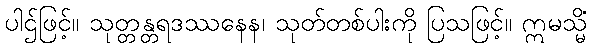
ပါဌ်ဖြင့်။ သုတ္တန္တရဒဿနေန၊ သုတ်တစ်ပါးကို ပြသဖြင့်။ ဣမသ္မိံ